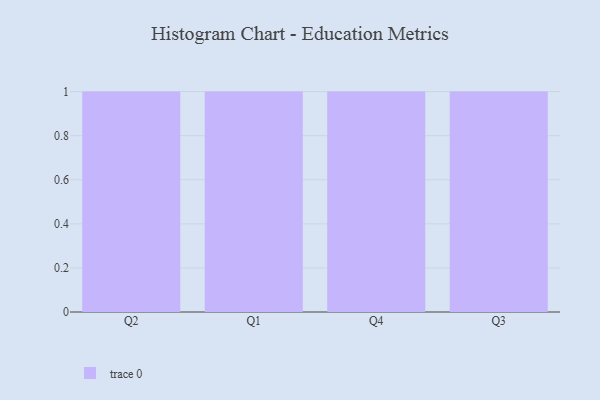
{"axis": {"x": "Quarter", "y": "Backlog"}, "legend": [""], "data": [{"x": "Q2", "y": 83, "type": ""}, {"x": "Q1", "y": 90, "type": ""}, {"x": "Q4", "y": 3, "type": ""}, {"x": "Q3", "y": 95, "type": ""}]}